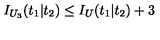
I _ { U _ { 3 } } ( t _ { 1 } | t _ { 2 } ) \leq I _ { U } ( t _ { 1 } | t _ { 2 } ) + 3